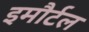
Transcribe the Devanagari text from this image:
इमौर्टल